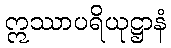
ဣဿာပရိယုဋ္ဌာနံ